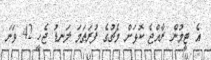
އެ ޓީމުން ރާއްޖެ ކޮޅަށް މެޗުގެ ފުރަތަމަ ލަނޑު ޖެހީ 42 ވަނަ